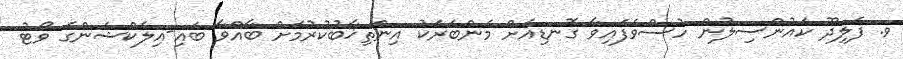
ވ. ފެލިދޫ ކައުންސިލުން ހުސްވެފައިވާ ގޮނޑިއަށް މެންބަރަކު އިންތިޚާބުކުރުމަށް ބާއްވާ ބައި-އިލެކްޝަންގެ ވޯޓު